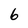
Character: 6